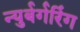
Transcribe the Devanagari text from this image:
न्युर्बर्गरिंग